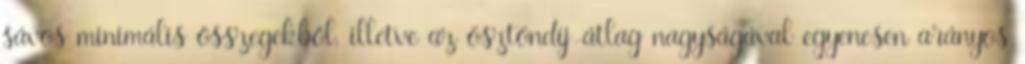
sávos minimális összegekből, illetve az ösztöndíj-átlag nagyságával egyenesen arányos